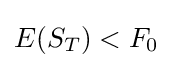
E(S_{T})<F_{0}